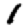
Digit: 1